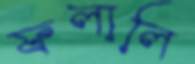
ফলালি